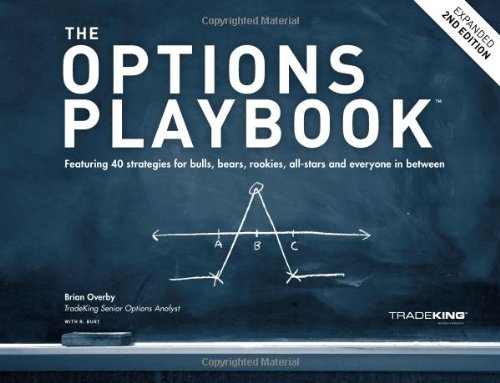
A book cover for The Options Playbook, Expanded 2nd Edition: Featuring 40 strategies for bulls, bears, rookies, all-stars and everyone in between.; Brian Overby; Business & Money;